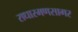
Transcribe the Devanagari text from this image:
राधारमणसागर